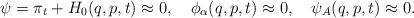
LaTeX: \begin{align*}\psi=\pi_t+H_0(q,p,t)\approx 0, \ \ \ \phi_\alpha(q,p,t)\approx 0, \ \ \ \psi_A(q,p,t)\approx 0.\end{align*}